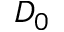
D _ { 0 }